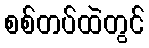
စစ်တပ်ထဲတွင်